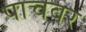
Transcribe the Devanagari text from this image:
पाचवर